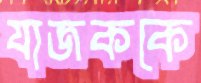
যাজককে